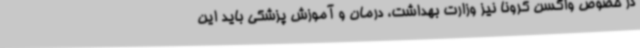
در خصوص واکسن کرونا نیز وزارت بهداشت، درمان و آموزش پزشکی باید این